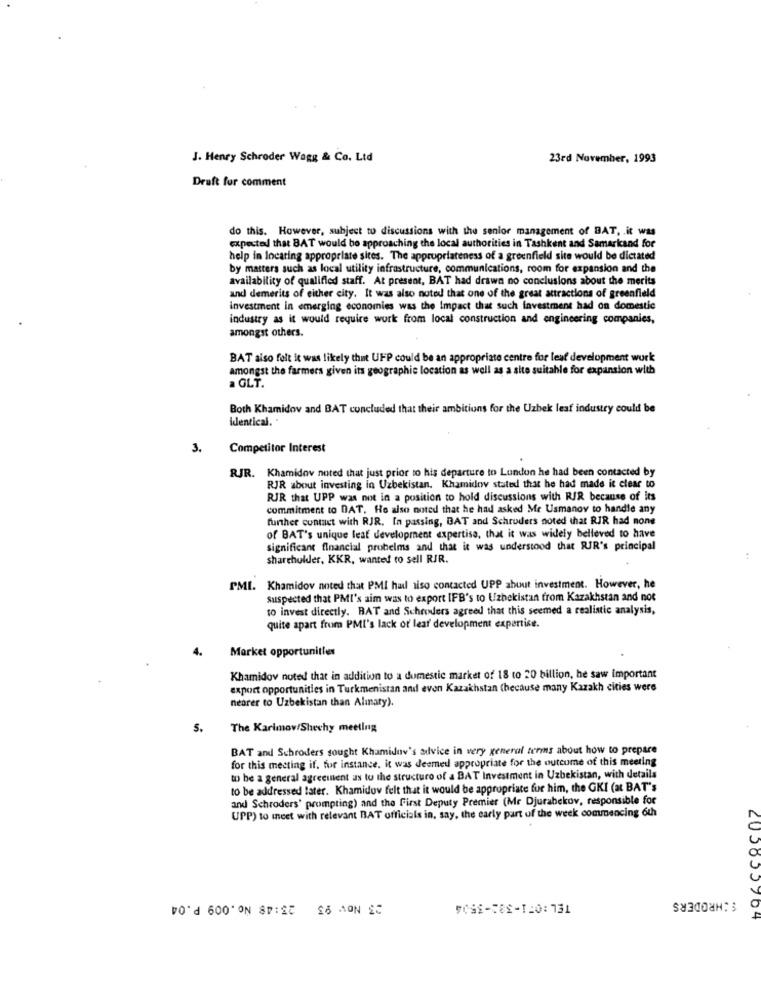
J. Henry Schroder Wagg & Co. Ltd
23rd November, 1993
Draft for comment
do this. However, subject to discussions with the senior management of BAT, . it was
expected that BAT would be approaching the local authorities in Tashkent and Samarkand for
help in locating appropriate sites. The appropriateness of a greenfield site would be dictated
by matters such as local utility infrastructure, communications, room for expansion and the
availability of qualified staff. At present, BAT had drawn no conclusions about the merits
and demerits of either city. It was also noted that one of the great attractions of greenfield
investment in emerging economies was the Impact that such investment had on domestic
industry as it would require work from local construction and engineering companies,
amongst others.
BAT also felt it was likely that UFP could be an appropriate centre for leaf development wurk
amongst the farmers given its geographic location as well as a site suitable for expansion with
a GLT.
Both Khamidov and BAT concluded that their ambitions for the Uzbek leaf industry could be
identical. .
3.
Competitor Interest
RJR. Khamidov noted that just prior to his departure to Lundon he had been contacted by
RJR about investing in Uzbekistan. Khamidov stated that he had made it clear to
RJR that UPP was not in a position to hold discussions with RIR because of its
commitment to DAT. He also noted that he had asked Me Usmanov to handle any
further contact with RJR. In passing, DAT and Schroders noted that RIR had none
of BAT's unique leaf development expertise, that it was widely belleved to have
significant financial probelms and that it was understood that RIR's principal
shareholder, KKR, wanted to sell RJR.
PMI. Khamidov noted that PMI hail also contacted UPP about investment. However, he
suspected that PMI's aim was to export IFB's to Uzbekistan from Kazakhstan and not
to invest directly. BAT and Schroders agreed that this seemed a realistic analysis,
quite apart from PMI's lack of lear development expertise.
4.
Market opportunities
Khamidov noted that in addition to a domestic market of 18 to 20 billion, he saw important
export opportunities in Turkmenistan and even Kazakhstan (because many Kazakh cities were
nearer to Uzbekistan than Alınaty).
S.
The Karimov/Shechy meeting
BAT and Schroders sought Khamidav's advice in very general terms about how to prepare
for this meeting if, for instance. it was deemed appropriate for the outcome of this meeting
to be a general agreement as to the structure of a BAT Investment in Uzbekistan, with details
to be addressed later. Khamidov felt that it would be appropriate for him, the GKI (at BAT's
and Schroders' prompting) and the First Deputy Premier (Mr Djurabekov, responsible for
UPP) to meet with relevant BAT officials in, say, the early part of the week commencing 6th
23 Nov 93 23:48 No.009 P.04
SCHRODERS
DOSE-CES-THO: 731